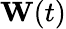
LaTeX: \mathbf{W}(t)